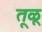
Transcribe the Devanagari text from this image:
तूळू